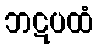
ဘဋပထံ